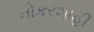
નોકરશાહી